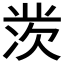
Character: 𱍞